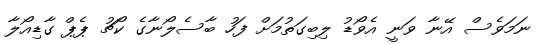
ނަމަވެސް އޭނާ ވަނީ އެވޯޑު ލިބިގަތުމަށް ފަހު ބާސެލޯނާގެ ކޯޗު ޕެޕް ގާޑިއޯލާ